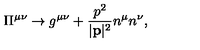
\Pi ^ { \mu \nu } \rightarrow g ^ { \mu \nu } + \frac { p ^ { 2 } } { | { \bf p } | ^ { 2 } } n ^ { \mu } n ^ { \nu } ,